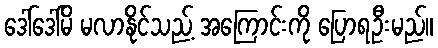
ဒေါ်ဒေါ်မိ မလာနိုင်သည့် အကြောင်းကို ပြောရဦးမည်။